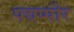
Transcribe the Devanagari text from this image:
पद्यप्पोर